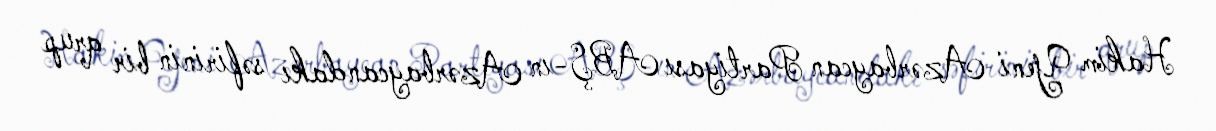
Hakim Yeni Azərbaycan Partiyası ABŞ-ın Azərbaycandakı səfirinin bir qrup